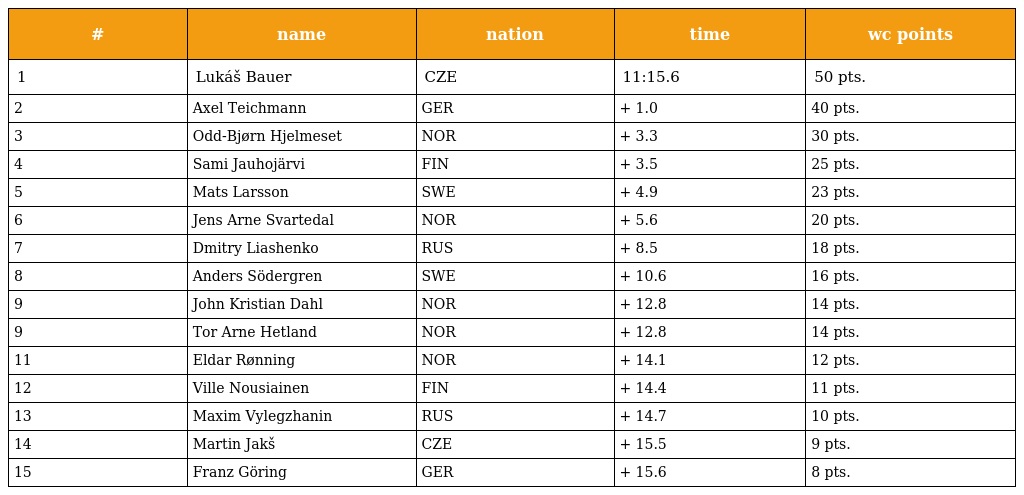
| # | name | nation | time | wc points |
 | --- | --- | --- | --- | --- |
 | 1 | Lukáš Bauer | CZE | 11:15.6 | 50 pts. |
 | 2 | Axel Teichmann | GER | + 1.0 | 40 pts. |
 | 3 | Odd-Bjørn Hjelmeset | NOR | + 3.3 | 30 pts. |
 | 4 | Sami Jauhojärvi | FIN | + 3.5 | 25 pts. |
 | 5 | Mats Larsson | SWE | + 4.9 | 23 pts. |
 | 6 | Jens Arne Svartedal | NOR | + 5.6 | 20 pts. |
 | 7 | Dmitry Liashenko | RUS | + 8.5 | 18 pts. |
 | 8 | Anders Södergren | SWE | + 10.6 | 16 pts. |
 | 9 | John Kristian Dahl | NOR | + 12.8 | 14 pts. |
 | 9 | Tor Arne Hetland | NOR | + 12.8 | 14 pts. |
 | 11 | Eldar Rønning | NOR | + 14.1 | 12 pts. |
 | 12 | Ville Nousiainen | FIN | + 14.4 | 11 pts. |
 | 13 | Maxim Vylegzhanin | RUS | + 14.7 | 10 pts. |
 | 14 | Martin Jakš | CZE | + 15.5 | 9 pts. |
 | 15 | Franz Göring | GER | + 15.6 | 8 pts. |